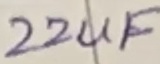
Text: 22uF